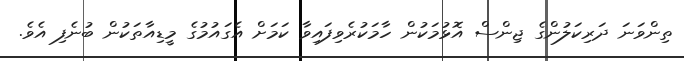
ތިންވަނަ ދަރިކަލުންގެ ޖިންސް އޮޅުމަކުން ހާމަކުރެވިފައިވާ ކަމަށް އެގައުމުގެ މީޑިއާތަކުން ބުނެފި އެވެ.